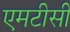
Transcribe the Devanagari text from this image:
एमटीसी